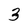
Character: 3